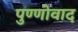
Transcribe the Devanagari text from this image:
पुण्णोवाद